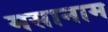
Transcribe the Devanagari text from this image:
मसानाम